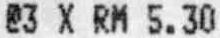
@3 X RM 5.30